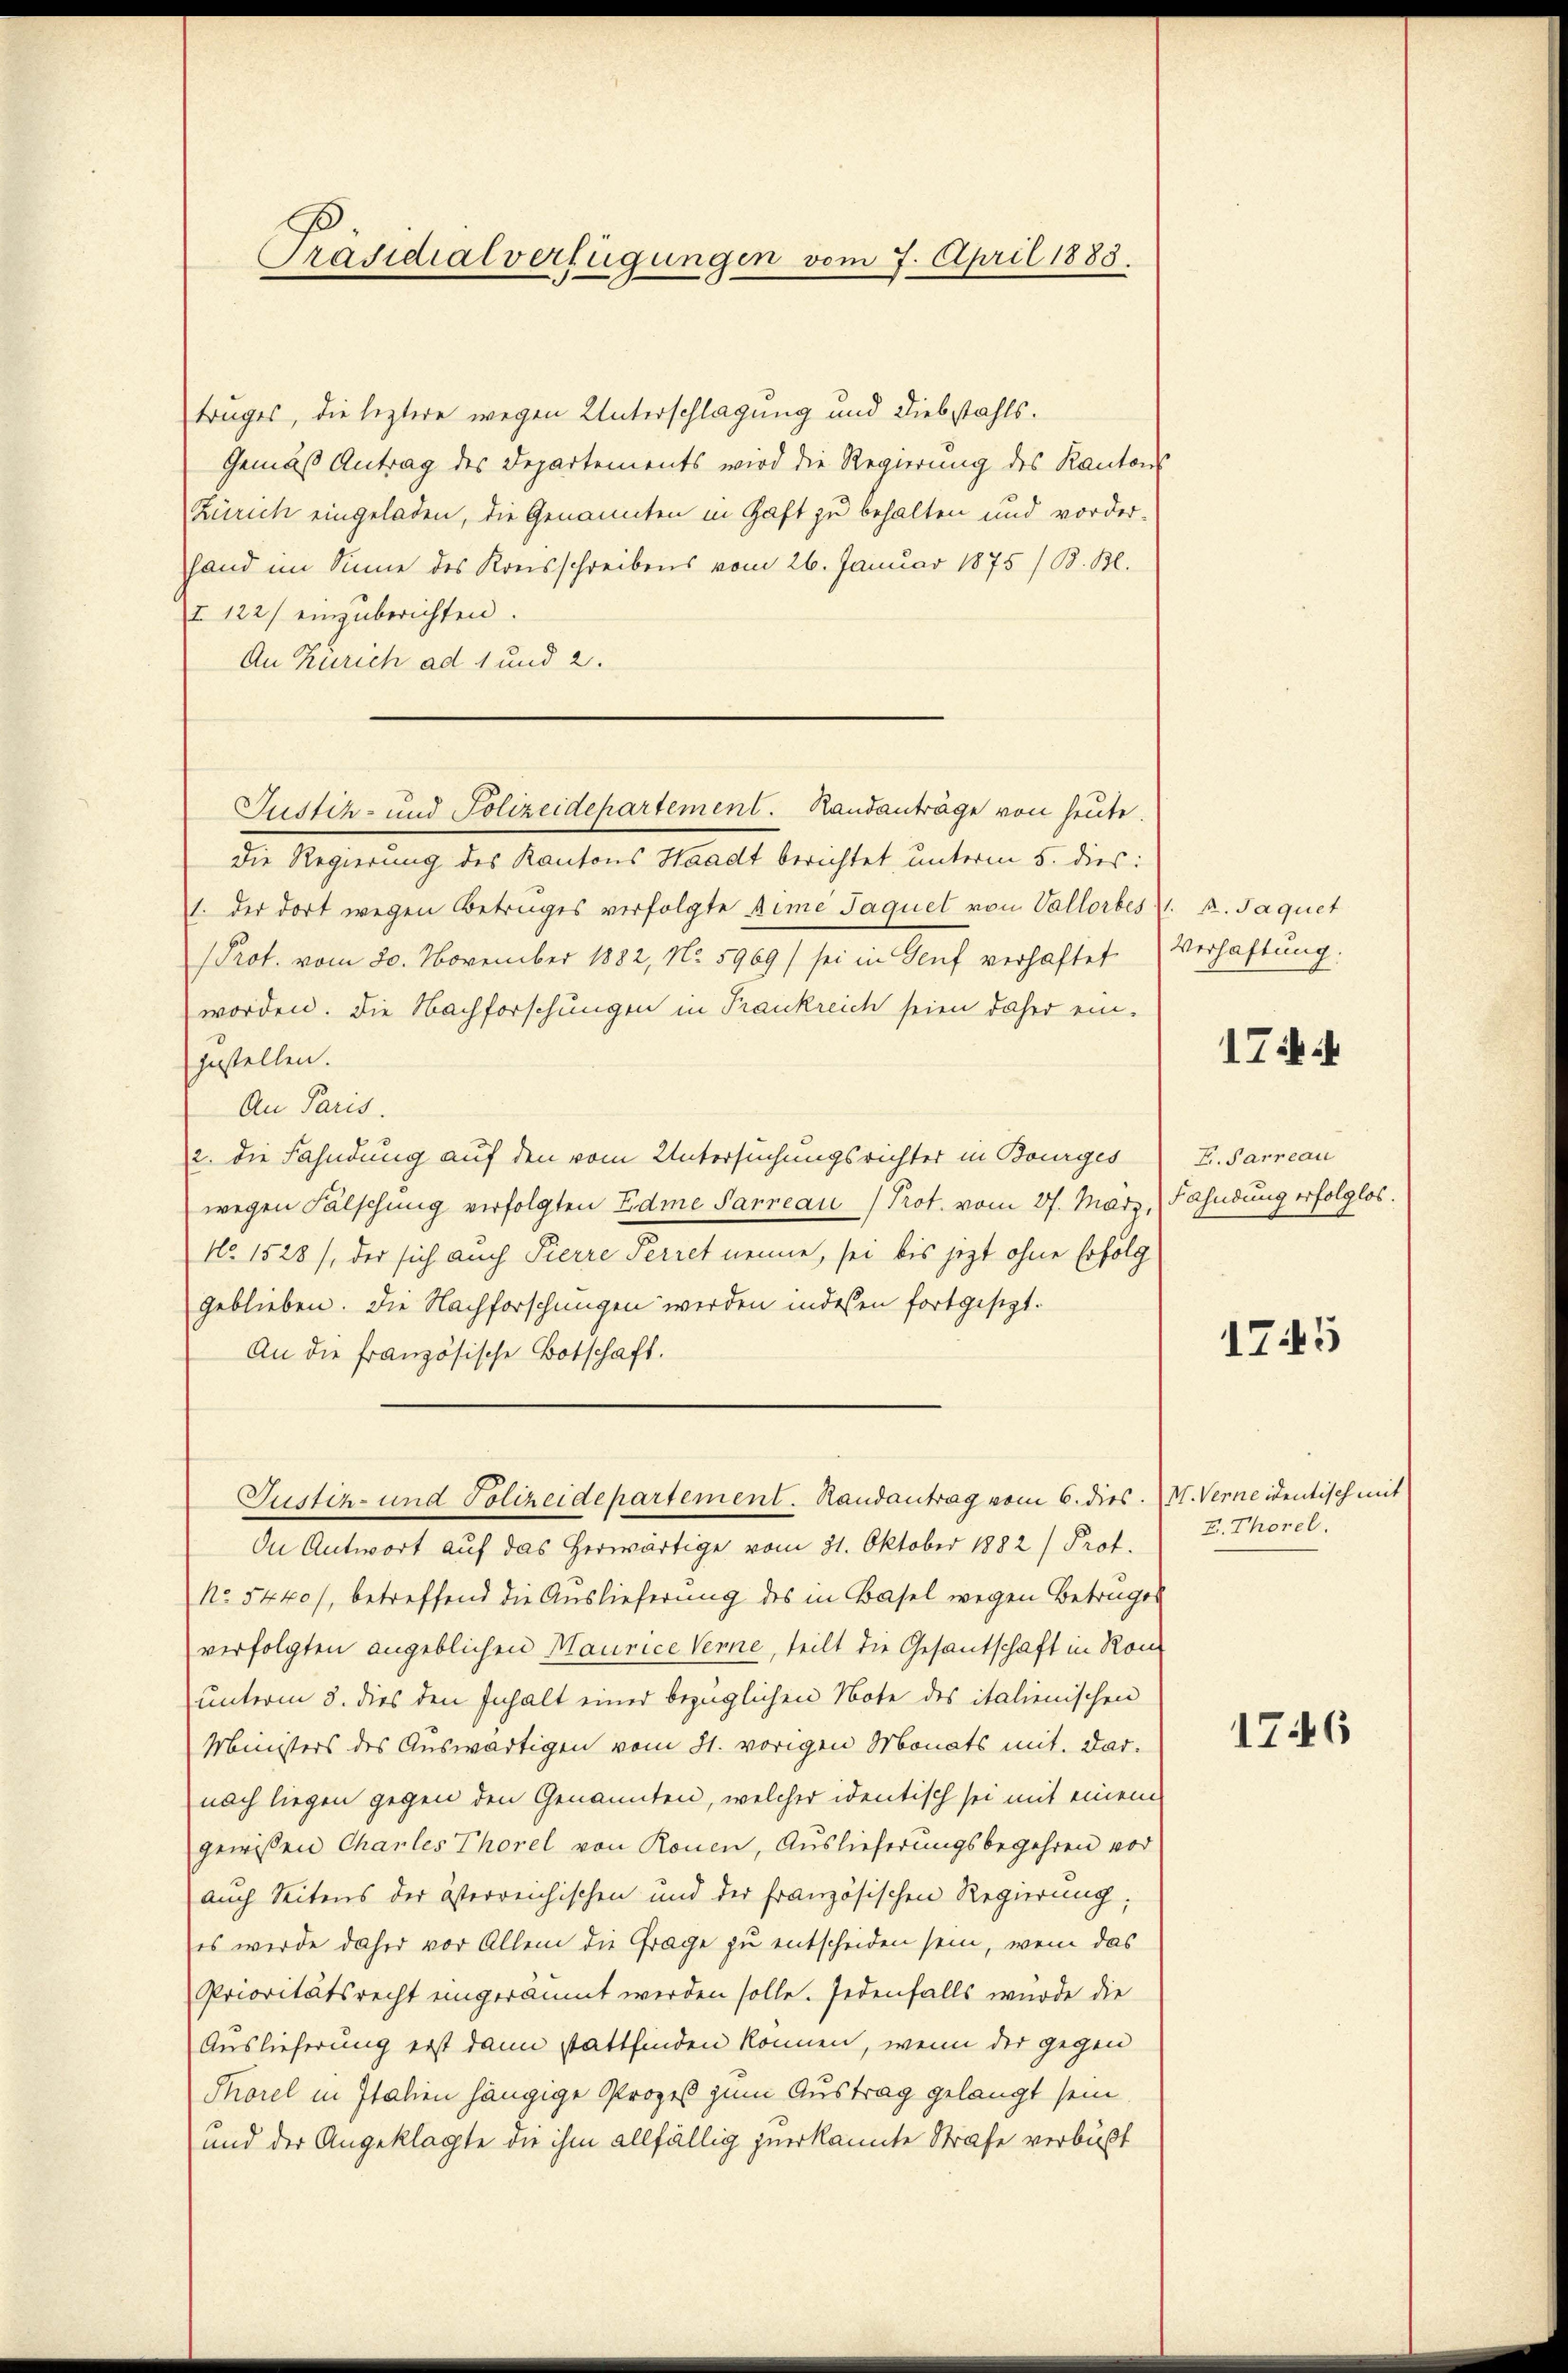
Präsidialverfügungen vom 7. April 1883.

truges, die leztere wegen Unterschlagung und Diebstahls¬
Gemäß Antrag des Departements wird die Regierung des Kanton
Zürich eingeladen, die Genannten in Haft zu behalten und vorder-
Hand im Sinne des Konsschreibens vom 26. Januar 1875 /B. Bl.
I 122) einzuberichten.
An Zürich ad 1 und 2.
Die Regierung des Kantons Waadt berichtet, unterm 5. dies:
1. der dort wegen Betruges verfolgte sime Jaquel von Vallorbes k. Jaquet
Prot. vom 20. November 1882, No 5969/ sei in Genf verhaftet
worden. Die Nachforschungen in Frankreich seien daher ein-
zustellen.
An Paris.
2. die Fahndung auf den vom Untersuchungsrichter in Bourges
wegen Fälschung verfolgten Edme Parreau / Prot. vom 27. März, (Fahndung erfolglos.
No 1528), der sich auch Pierre Perret nenne, sei bis jetzt ohne Erfolg
geblieben. Die Nachforschungen werden indessen fortgesezt.
An die französische Botschaft.
Justiz- und Polizeidepartement. Randantrag vom 6. dies. (N. Verneidentisch mit
In Antwort auf das herwärtige vom 21. Oktober 1882) Prof.
No. 5440/, betreffend die Auslieferung des in Basel wegen Betrages
verfolgten angeblichen Maurice Verne, teilt die Gesantschaft in Ron
unterm 8. dies den Inhalt einer bezüglichen Note des italienischen
Ministers des Auswärtigen vom 31. vorigen Monats mit. Darnach liegen gegen den Genannten, welcher identisch sei mit einem
gewißen Charles Thorel von Rouen, Auslieferungsbegehren vor
auch Seitens der österreichischen und der französischen Regierung;
es werde daher vor Allem die Frage zu entscheiden sein, wenn das
Prioritätsrecht eingeräumt werden solle. Jedenfalls würde die
Auslieferung erst dann stattfinden können, wenn der gegen
Thorel in Italien hängige Prozeß zum Austrag gelangt sein.
und der Angeklagte die ihm allfällig zuerkannte Strafe verbüßt

Justiz- und Polizeidepartement. Randanträge von heute.

Verhaftung.

1744

E. Parreau

1745

E. Thorel.

1746